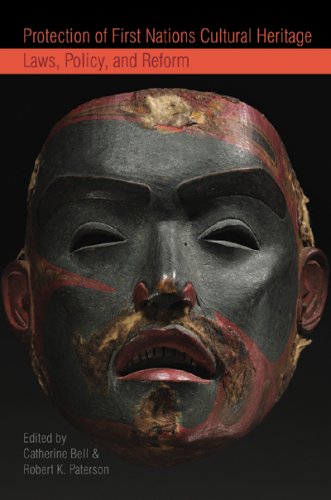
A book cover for Protection of First Nations Cultural Heritage: Laws, Policy, and Reform (Law and Society Series); Law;